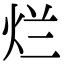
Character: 烂